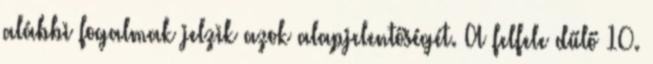
alábbi fogalmak jelzik azok alapjelentőségét. A felfele dűlő 10.